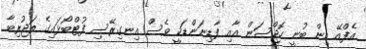
އެފްއޭ އިން ބުނީ ހޮޖްސަން އާއި ފާޑިނަންޑަކީ ވެސް އިނގިރޭސި ފުޓްބޯޅައިގެ ތަޖުރިބާ